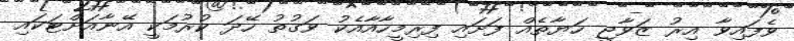
ވެފައިވާ އިރު ޒަވާޖީ ހަޔާތެއް ފަށައި ފިރިމީހާއާއެކު ވަގުތު ހޭދަ ކުރުމަކީ އޭނާއަށްޓަކައި